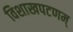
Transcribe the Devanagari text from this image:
विशाखपटणम्‌